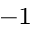
^ { - 1 }